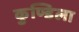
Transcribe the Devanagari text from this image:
कुण्डिला